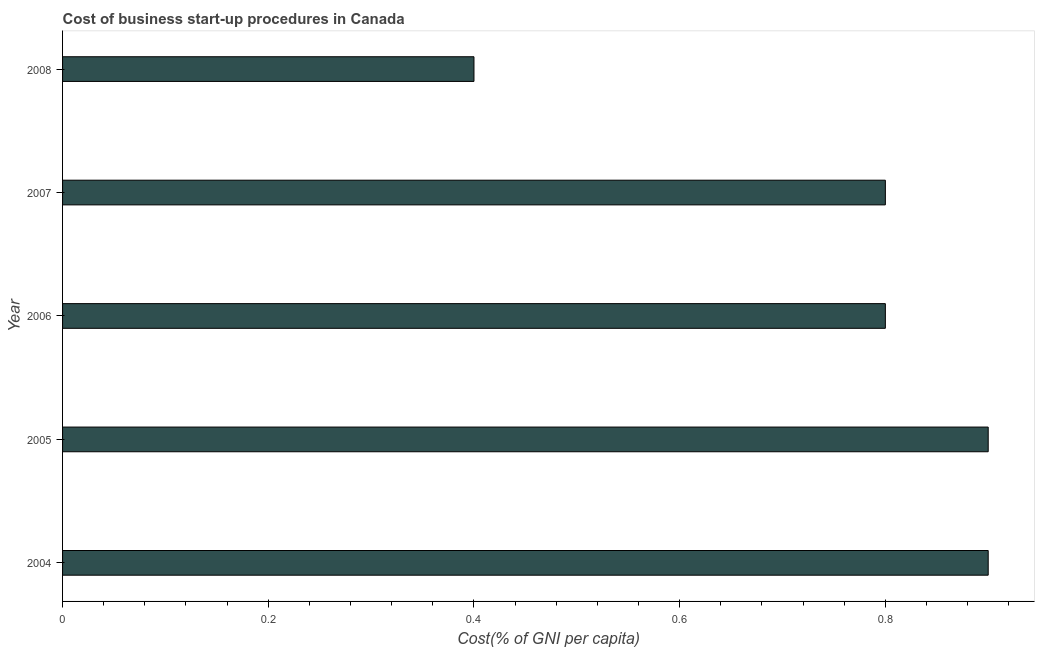
| Year | Cost |
 | --- | --- |
 | 2004 | 0.9 |
 | 2005 | 0.9 |
 | 2006 | 0.8 |
 | 2007 | 0.8 |
 | 2008 | 0.4 |